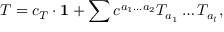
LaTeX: T = c _ { T } \cdot { \bf 1 } + \sum c ^ { a _ { 1 } \dots a _ { 2 } } T _ { a _ { 1 } } \dots T _ { a _ { l } } ,